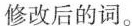
修改后的词。